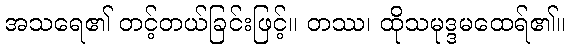
အသရေ၏ တင့်တယ်ခြင်းဖြင့်။ တဿ၊ ထိုသမုဒ္ဒမထေရ်၏။